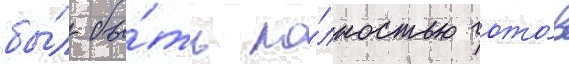
бы́л бы́ть по́лностью гото́в